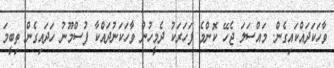
ވާހަކަދައްކައިގެން. މައްސަލަ ޖެހޭ ކޮންމެ ފަހަރަކު ދެމީހުން ވާހަކަނުދައްކާ ފުސްމޫނު ހަދައިގެން ތިބީމަ